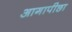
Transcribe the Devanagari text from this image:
आगापीछा